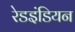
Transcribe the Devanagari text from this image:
रेडइंडियन